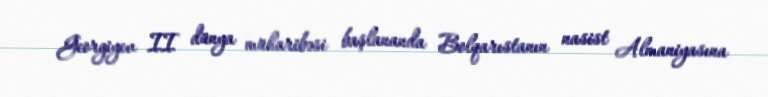
Georgiyev II dünya müharibəsi başlananda Bolqarıstanın nasist Almaniyasına